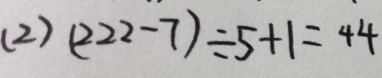
( 2 ) ( 2 2 2 - 7 ) \div 5 + 1 = 4 4